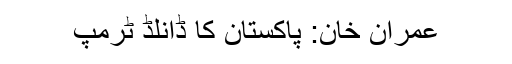
عمران خان: پاکستان کا ڈانلڈ ٹرمپ